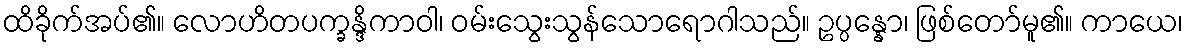
ထိခိုက်အပ်၏။ လောဟိတပက္ခန္ဒိကာဝါ၊ ဝမ်းသွေးသွန်သောရောဂါသည်။ ဥပ္ပန္နော၊ ဖြစ်တော်မူ၏။ ကာယေ၊